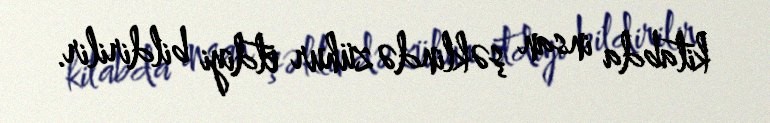
kitabda insan şəklində zühur etdiyi bildirilir.